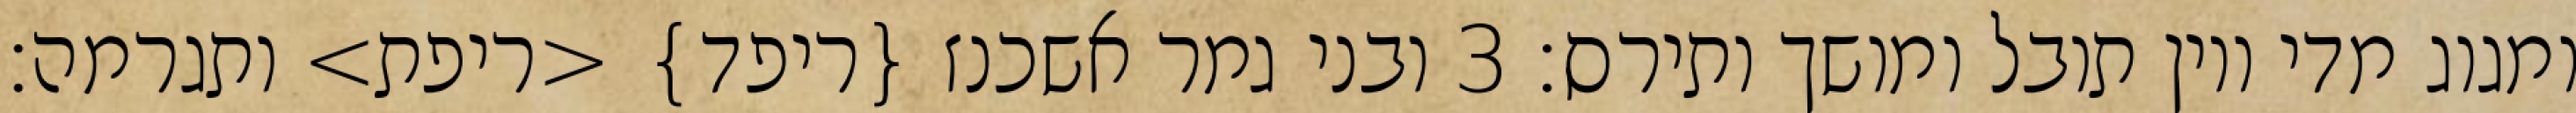
ומגוג מדי ויון תובל ומושך ותירס׃ ‎3‏ ובני גמר אשכנז {ריפד} <ריפת> ותגרמה׃